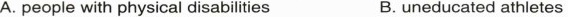
A. people with physical disabilities B. uneducated athletes